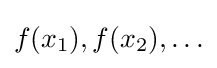
f(x_{1}),f(x_{2}),\ldots